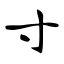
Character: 寸